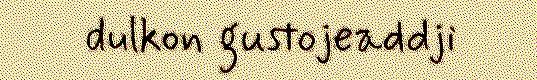
dulkon gustojeaddji